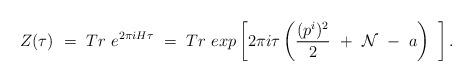
LaTeX: \begin{align*}Z(\tau) ~=~ Tr ~e^{2\pi i H \tau} ~=~ Tr ~exp\left[ 2\pi i \tau\left( \frac{(p^i)^2}{2} ~+~ {\cal N} ~-~ a \right) ~\right].\end{align*}